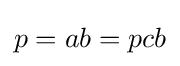
p=ab=pcb